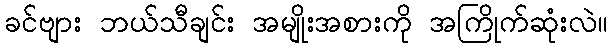
ခင်ဗျား ဘယ်သီချင်း အမျိုးအစားကို အကြိုက်ဆုံးလဲ။